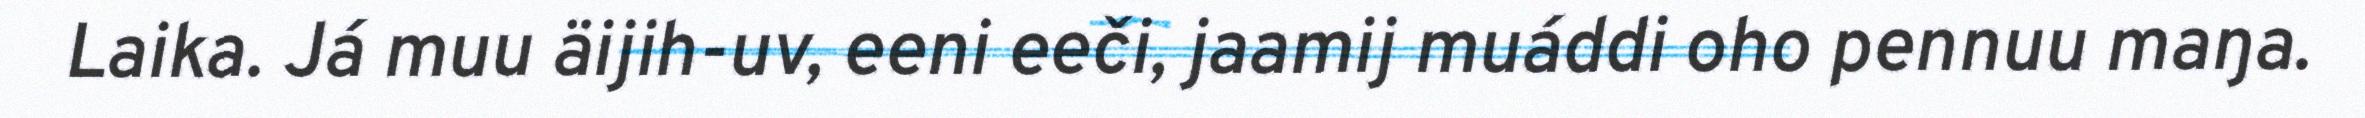
Laika. Já muu äijih-uv, eeni eeči, jaamij muáddi oho pennuu maŋa.